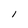
Character: I